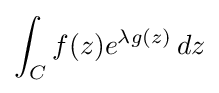
\int _{C}f(z)e^{\lambda g(z)}\,dz